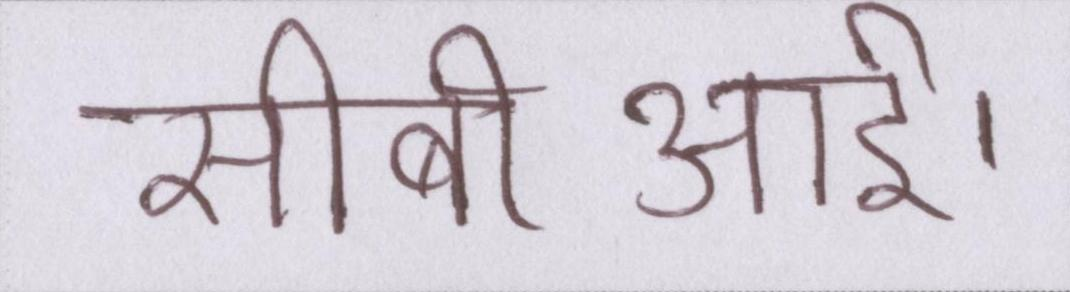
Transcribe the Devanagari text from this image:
सीबीआई।